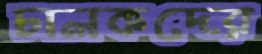
চালকদের